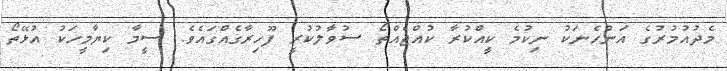
މެދުއުމުރުގެ އަންހެނަކު ނިކުމެ ކީއްކުރާ ކުއްޖެއްތޯ ސުވާލުކުރީ ފޫހިރާގެއްގައެވެ. ސީމާ ކިޔާމީހަކު އުޅޭތޯ